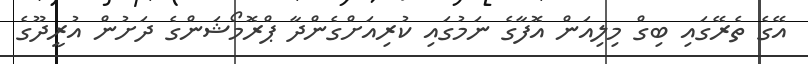
އޭގެ ތެރޭގައި ބިގް މިލިއަން އޮފާގެ ނަމުގައި ކުރިއަށްގެންދާ ޕްރޮމޯޝަންގެ ދަށުން އުރީދޫގެ